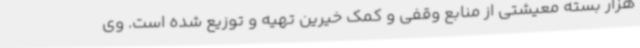
هزار بسته معیشتی از منابع وقفی و کمک خیرین تهیه و توزیع شده است. وی